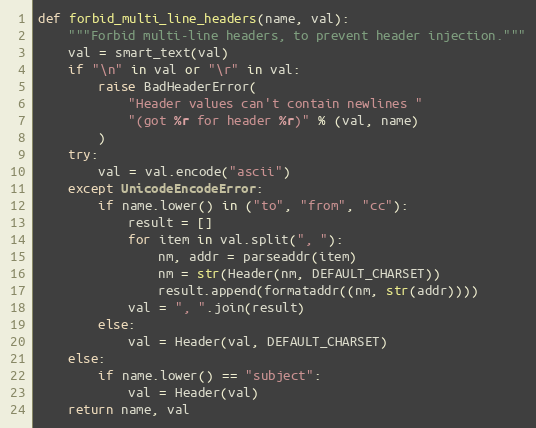
Language: Python
def forbid_multi_line_headers(name, val):
    """Forbid multi-line headers, to prevent header injection."""
    val = smart_text(val)
    if "\n" in val or "\r" in val:
        raise BadHeaderError(
            "Header values can't contain newlines "
            "(got %r for header %r)" % (val, name)
        )
    try:
        val = val.encode("ascii")
    except UnicodeEncodeError:
        if name.lower() in ("to", "from", "cc"):
            result = []
            for item in val.split(", "):
                nm, addr = parseaddr(item)
                nm = str(Header(nm, DEFAULT_CHARSET))
                result.append(formataddr((nm, str(addr))))
            val = ", ".join(result)
        else:
            val = Header(val, DEFAULT_CHARSET)
    else:
        if name.lower() == "subject":
            val = Header(val)
    return name, val